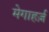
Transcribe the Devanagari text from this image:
मेगाहर्ज़